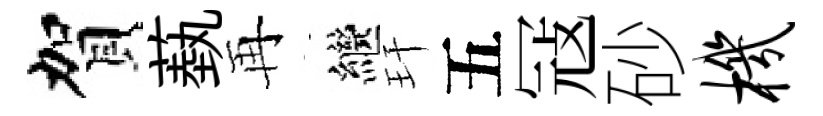
賀蓺再繼玕五冦砂机